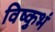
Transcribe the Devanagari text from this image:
विष्कुभं